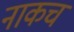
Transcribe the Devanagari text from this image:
नाकच